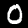
Digit: 0